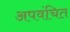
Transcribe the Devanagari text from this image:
अपवंचित